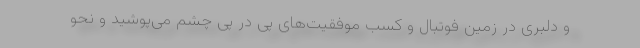
و دلبری در زمین فوتبال و کسب موفقیت‌های پی در پی چشم می‌پوشید و نحو